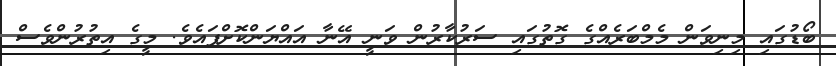
ބޯޑުގައި މިނިވަން މެމްބަރެއްގެ ގޮތުގައި ސަރުކާރުން ވަނީ އޭނާ އައްޔަންކޮށްފައެވެ. މީގެ އިތުރުންވެސް